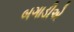
બગાડીએ